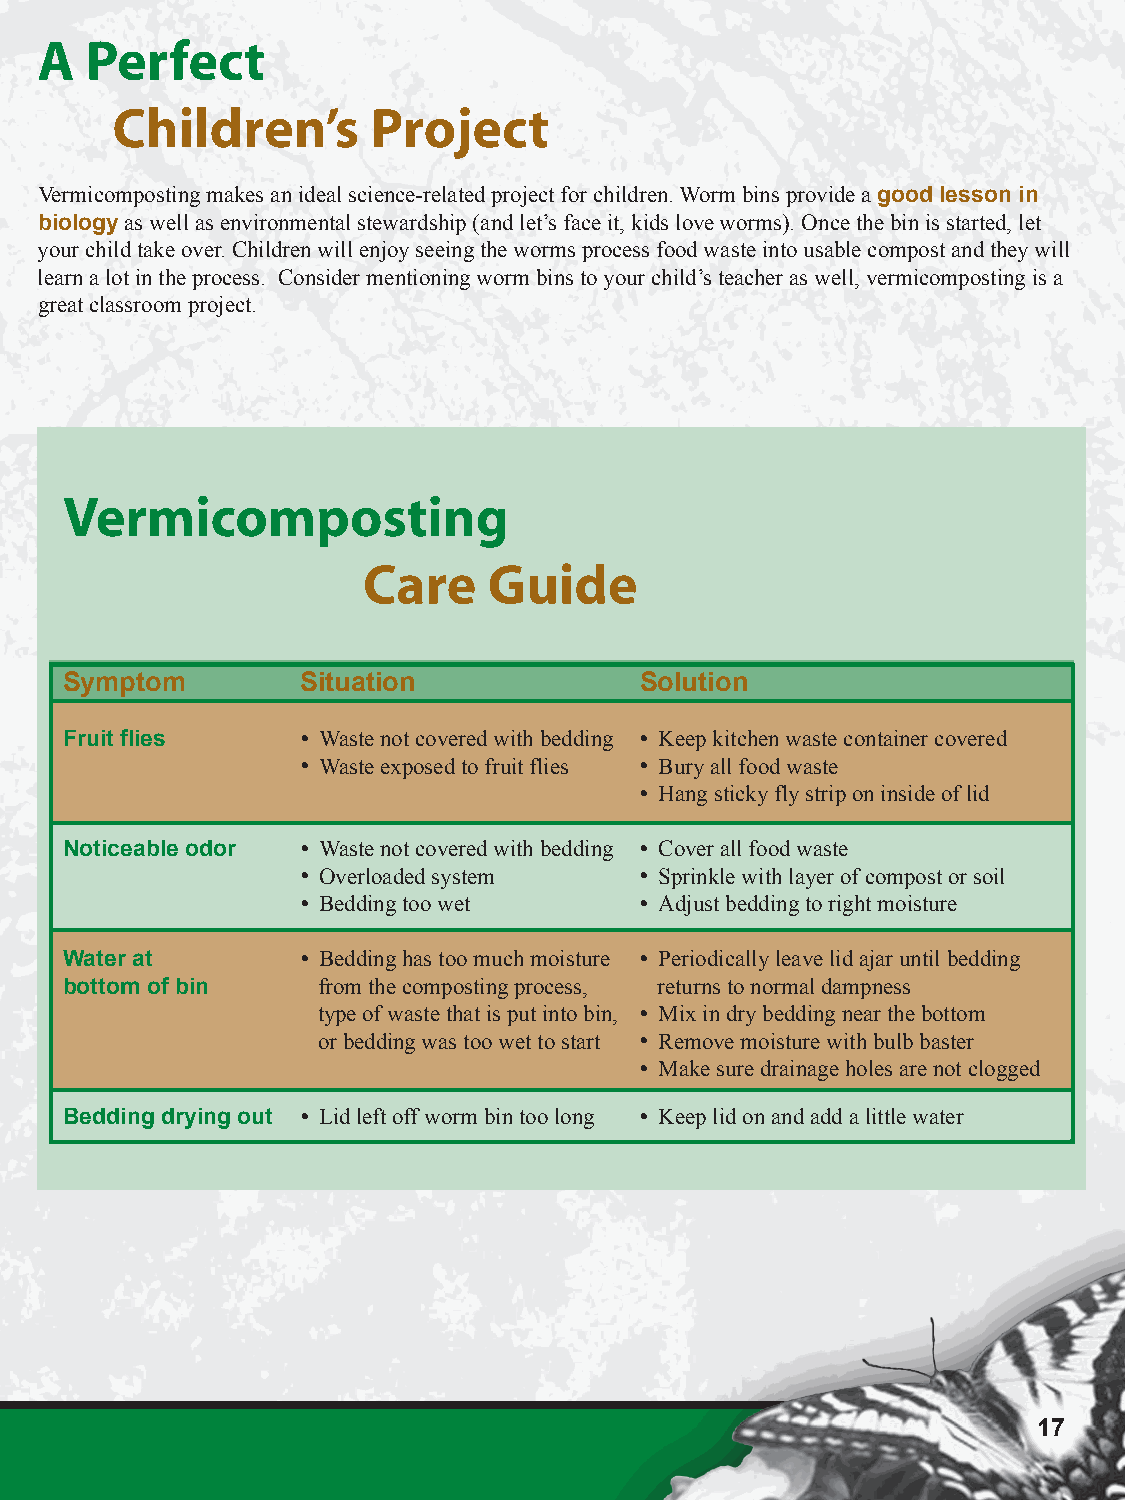
A   Perfect
 Children’s        Project
 Vermicomposting makes an ideal science-related project for children. Worm bins provide a good lesson in
 biology as well as environmental stewardship (and let’s face it, kids love worms). Once the bin is started, let
 your child take over. Children will enjoy seeing the worms process food waste into usable compost and they will
 learn a lot in the process. Consider mentioning worm bins to your child’s teacher as well, vermicomposting is a
 great classroom project.
 Vermicomposting
 Care    Guide
 Symptom         Situation             Solution
 Fruit flies      Waste not covered with bedding  Keep kitchen waste container covered
  Waste exposed to fruit flies  Bury all food waste
  Hang sticky fly strip on inside of lid
 One pound of Noticeable odor  Waste not covered with bedding  Cover all food waste
  Overloaded system    Sprinkle with layer of compost or soil
 worms usually
  Bedding too wet      Adjust bedding to right moisture
 equals about
 1,000 worms. Water at  Bedding has too much moisture  Periodically leave lid ajar until bedding
 bottom of bin    from the composting process, returns to normal dampness
 Do not use night
 type of waste that is put into bin,  Mix in dry bedding near the bottom
 crawlers as they require a
 or bedding was too wet to start  Remove moisture with bulb baster
 large amount of soil and                   Make sure drainage holes are not clogged
 their bed temperature
 Bedding drying out  Lid left off worm bin too long  Keep lid on and add a little water
 cannot exceed 50o F.
 17